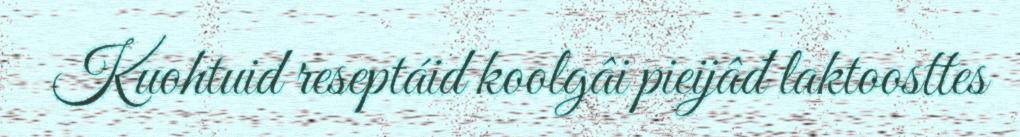
Kuohtuid reseptáid koolgâi pieijâđ laktoosttes